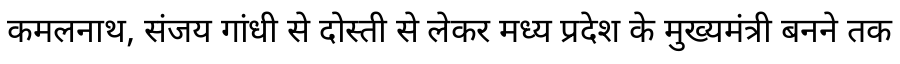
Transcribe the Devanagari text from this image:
कमलनाथ, संजय गांधी से दोस्ती से लेकर मध्य प्रदेश के मुख्यमंत्री बनने तक